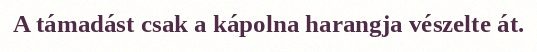
A támadást csak a kápolna harangja vészelte át.